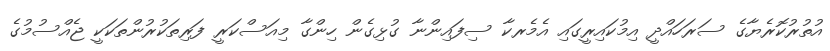
އުތުރުކޮރެޔާގެ ސަރަހައްދީ އިމުކައިރީގައި އެމެރކާ ސިފައިންނާ ގުޅިގެން ހިންގާ މިއަސްކަރީ ފަރިތަކުރުންތަކަކީ ޖެއްސުމުގެ